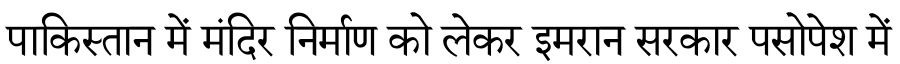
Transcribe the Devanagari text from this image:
पाकिस्तान में मंदिर निर्माण को लेकर इमरान सरकार पसोपेश में